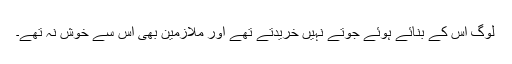
لوگ اس کے بنائے ہوئے جوتے نہیں خریدتے تھے اور ملازمین بھی اس سے خوش نہ تھے۔